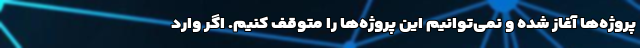
پروژه‌ها آغاز شده و نمی‌توانیم این پروژه‌ها را متوقف کنیم. اگر وارد